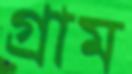
গ্রাম